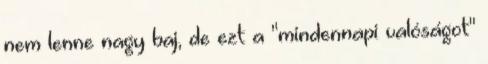
nem lenne nagy baj, de ezt a "mindennapi valóságot"